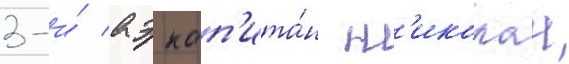
3-и́ аэ кап'ита́н н'иколаи